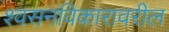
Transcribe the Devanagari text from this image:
श्वसनविकारावरील